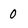
Character: 0